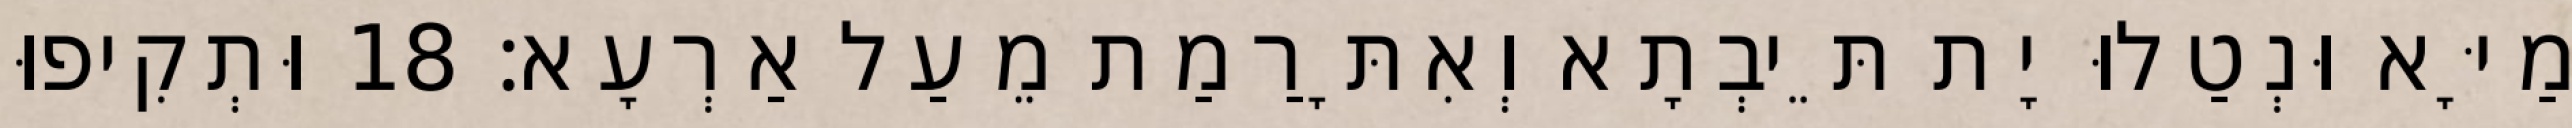
מַיָּא וּנְטַלוּ יָת תֵּיבְתָא וְאִתָּרַמַת מֵעַל אַרְעָא׃ 18 וּתְקִיפוּ